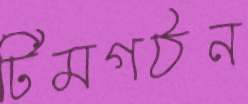
টিমগঠন